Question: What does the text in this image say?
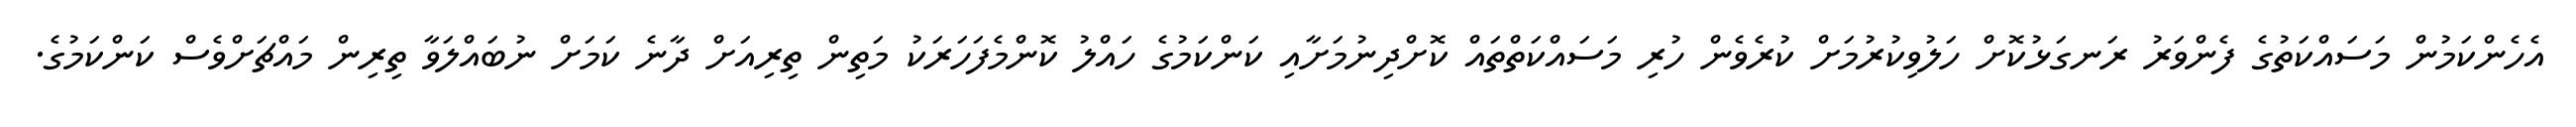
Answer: އެހެންކަމުން މަސައްކަތުގެ ފެންވަރު ރަނގަޅުކޮށް ހަލުވިކުރުމަށް ކުރެވެން ހުރި މަސައްކަތްތައް ކޮށްދިނުމަށާއި ކަންކަމުގެ ހައްލު ކޮންމެފަހަރަކު މަތިން ތިރިއަށް ދާނެ ކަމަށް ނުބައްލަވާ ތިރިން މައްޗަށްވެސް ކަންކަމުގެ.